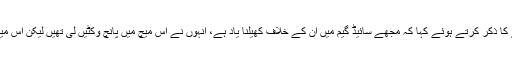
یونس نے 2016 میں پریکٹس میچ میں جوفرا آرچر کی باؤلنگ کھیلنے کے تجربے کا ذکر کرتے ہوئے کہا کہ مجھے سائیڈ گیم میں ان کے خلاف کھیلنا یاد ہے، انہوں نے اس میچ میں پانچ وکٹیں لی تھیں لیکن اس میچ میں وہ اپنی بہترین باؤلنگ نہیں کر رہے تھے جس طرح سے آج کل کر رہے ہیں۔